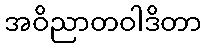
အဝိညာတဝါဒိတာ